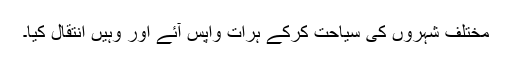
مختلف شہروں کی سیاحت کرکے ہرات واپس آئے اور وہیں انتقال کیا۔